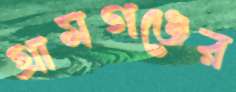
গ্রামগঞ্জের